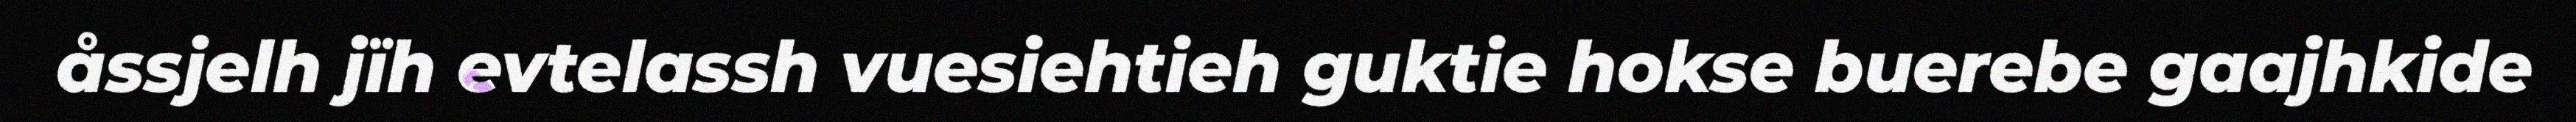
åssjelh jïh evtelassh vuesiehtieh guktie hokse buerebe gaajhkide